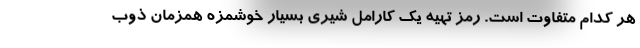
هر کدام متفاوت است. رمز تهیه یک کارامل شیری بسیار خوشمزه همزمان ذوب